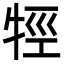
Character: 牼